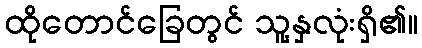
ထိုတောင်ခြေတွင် သူ့နှလုံးရှိ၏။